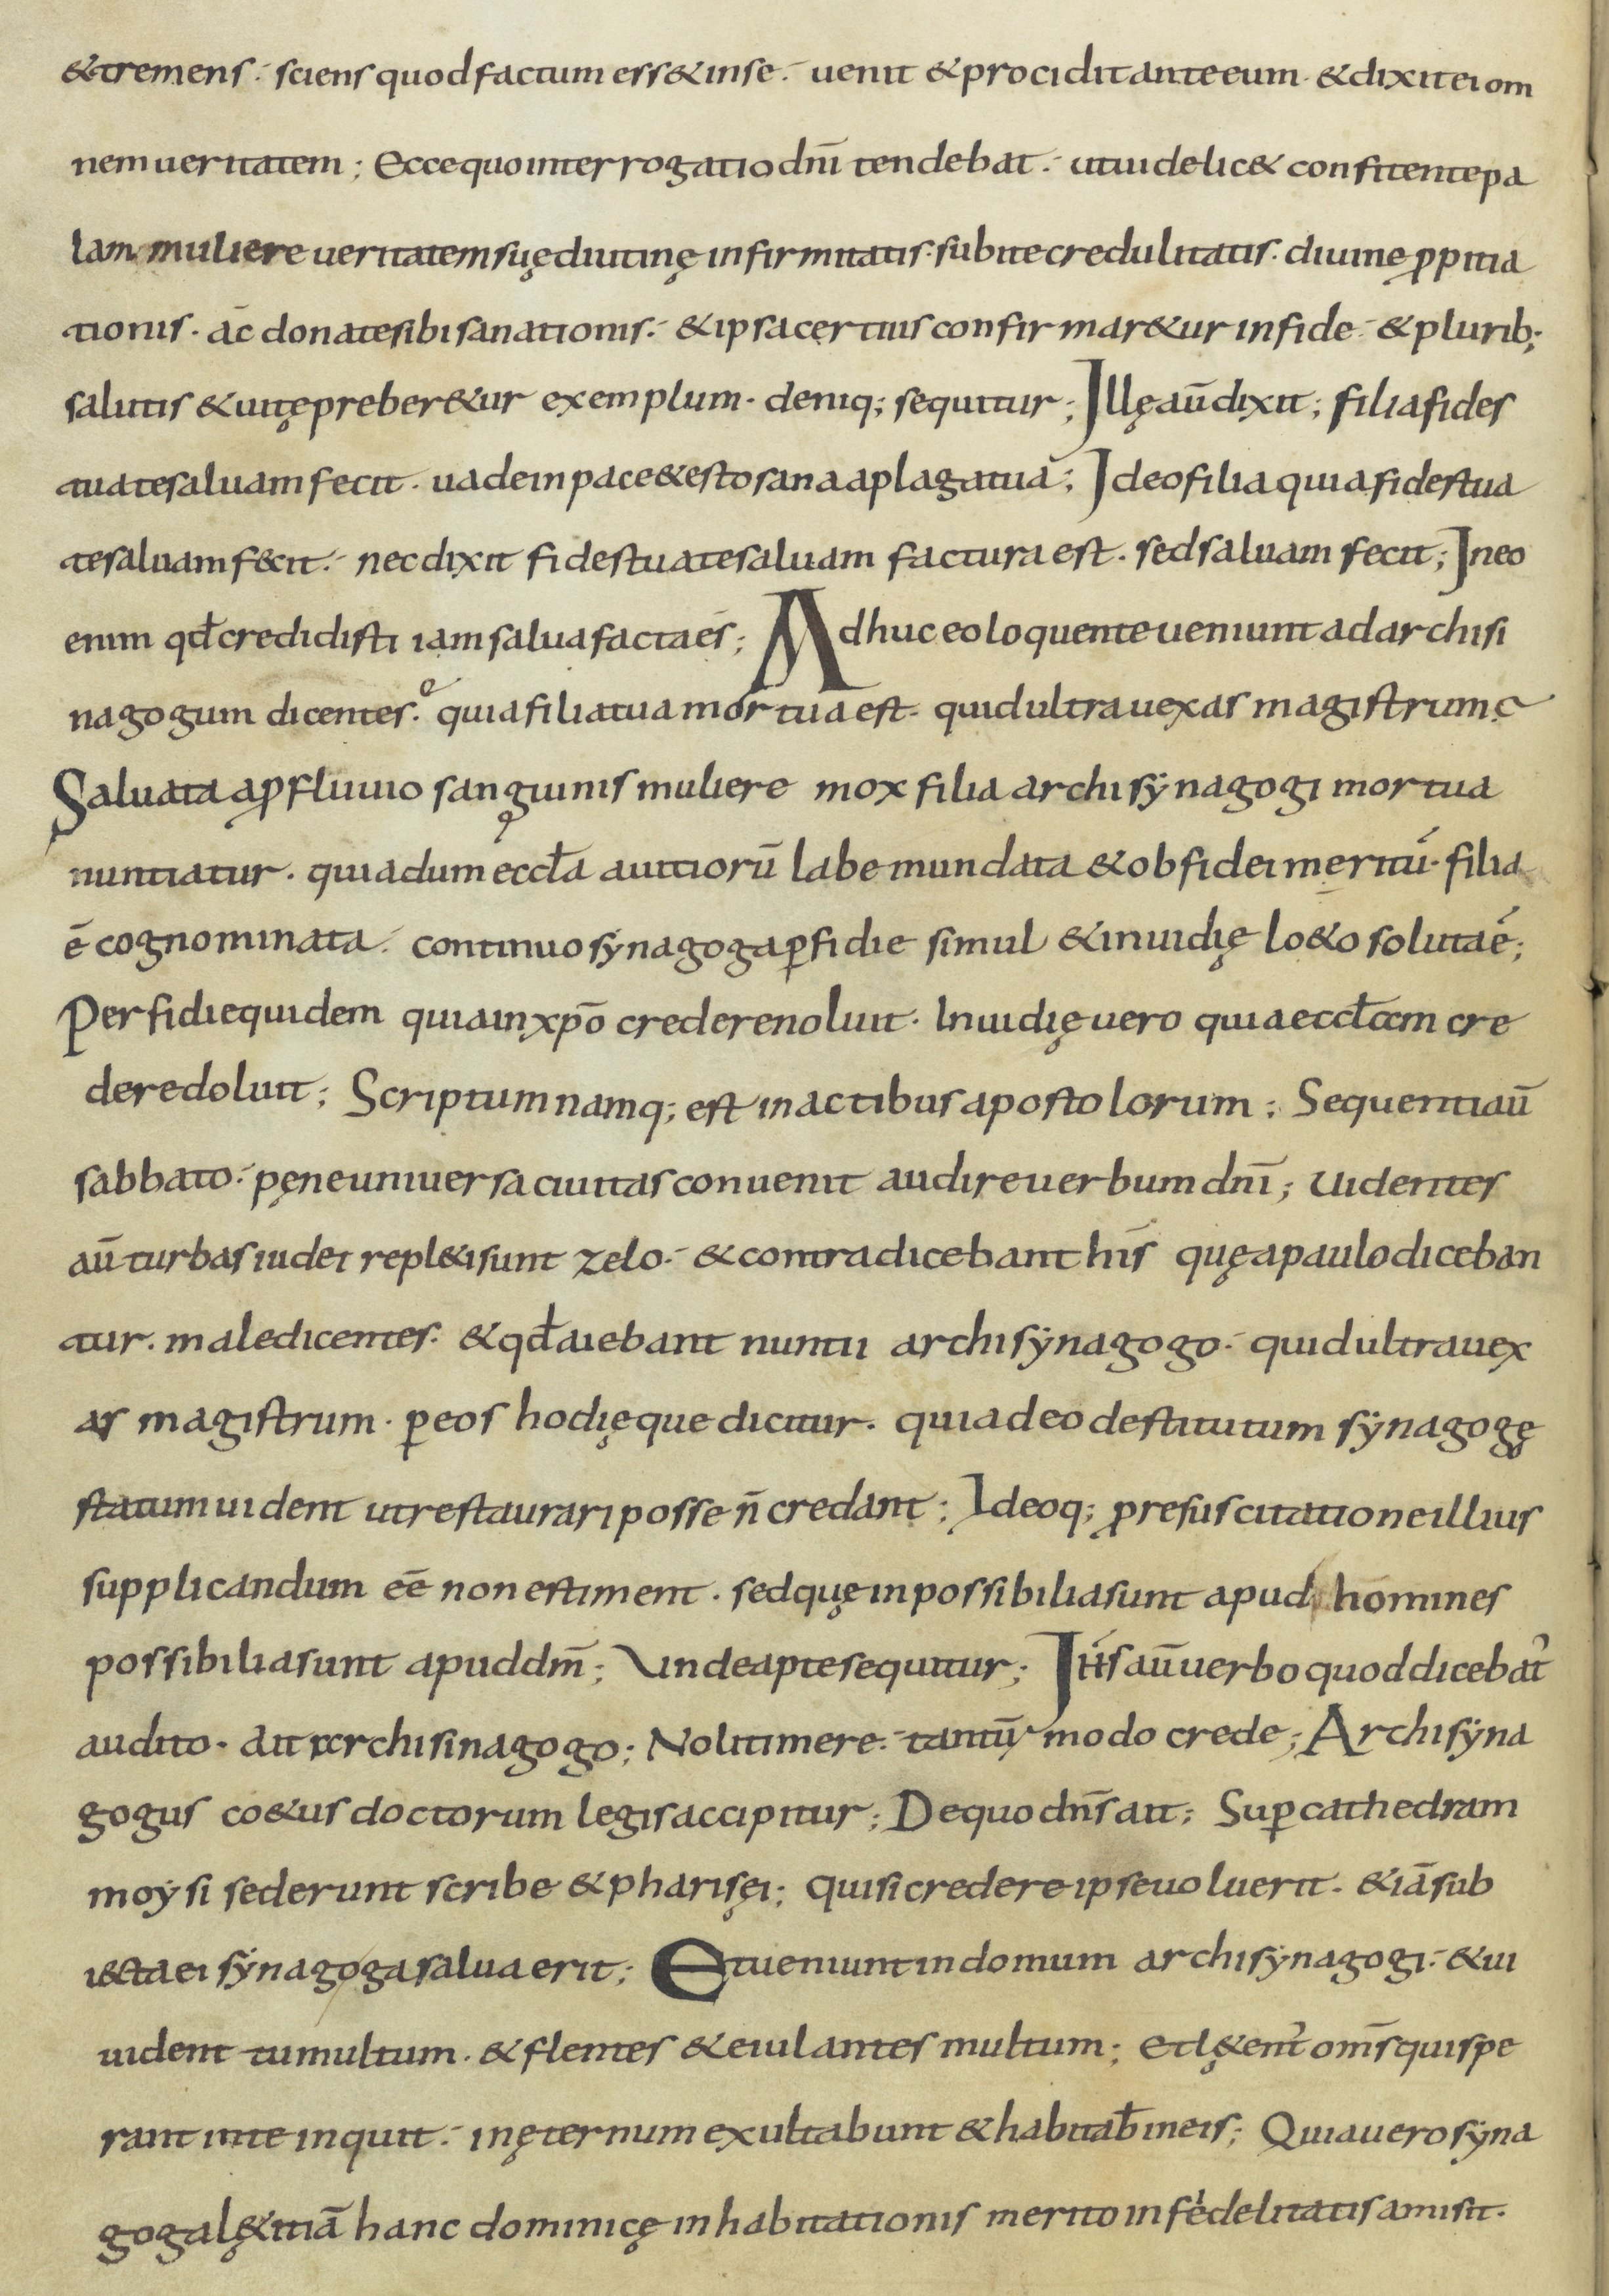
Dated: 800–899